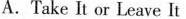
A.Take It or Leave It